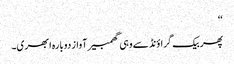
‘‘
پھر بیک گراؤنڈ سے وہی گھمبیر آواز دوبارہ ابھری۔